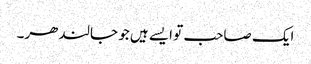
ایک صاحب تو ایسے ہیں جو جالندھر۔